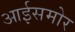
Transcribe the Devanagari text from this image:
आईसमोर